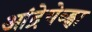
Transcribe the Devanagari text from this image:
आंद्रेयेव्ह्ना